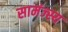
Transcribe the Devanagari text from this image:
सामंज्स्य